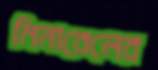
মিনারেলের